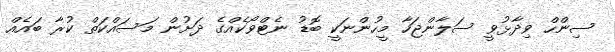
ސިންހް ވިދާޅުވީ ސަލާންޖަހާ މީހުންނަކީ ބޮޑު ނެޓްވޯކެއްގެ ދަށުން މަސައްކަތް ކުރާ ބައެއް